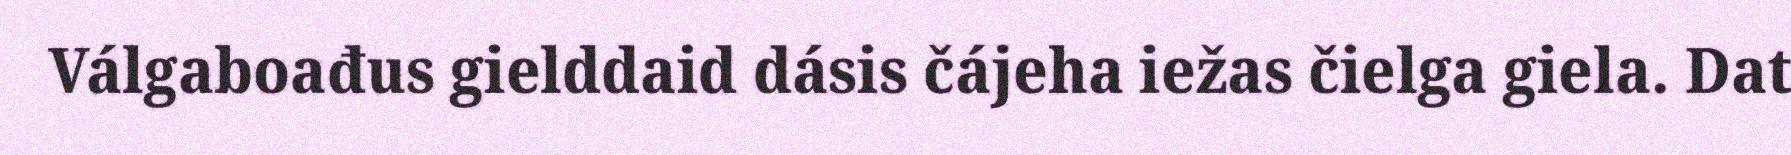
Válgaboađus gielddaid dásis čájeha iežas čielga giela. Dat